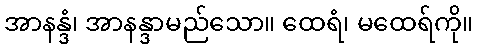
အာနန္ဒံ၊ အာနန္ဒာမည်သော။ ထေရံ၊ မထေရ်ကို။